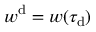
w ^ { \mathrm { d } } = w ( \tau _ { \mathrm { d } } )